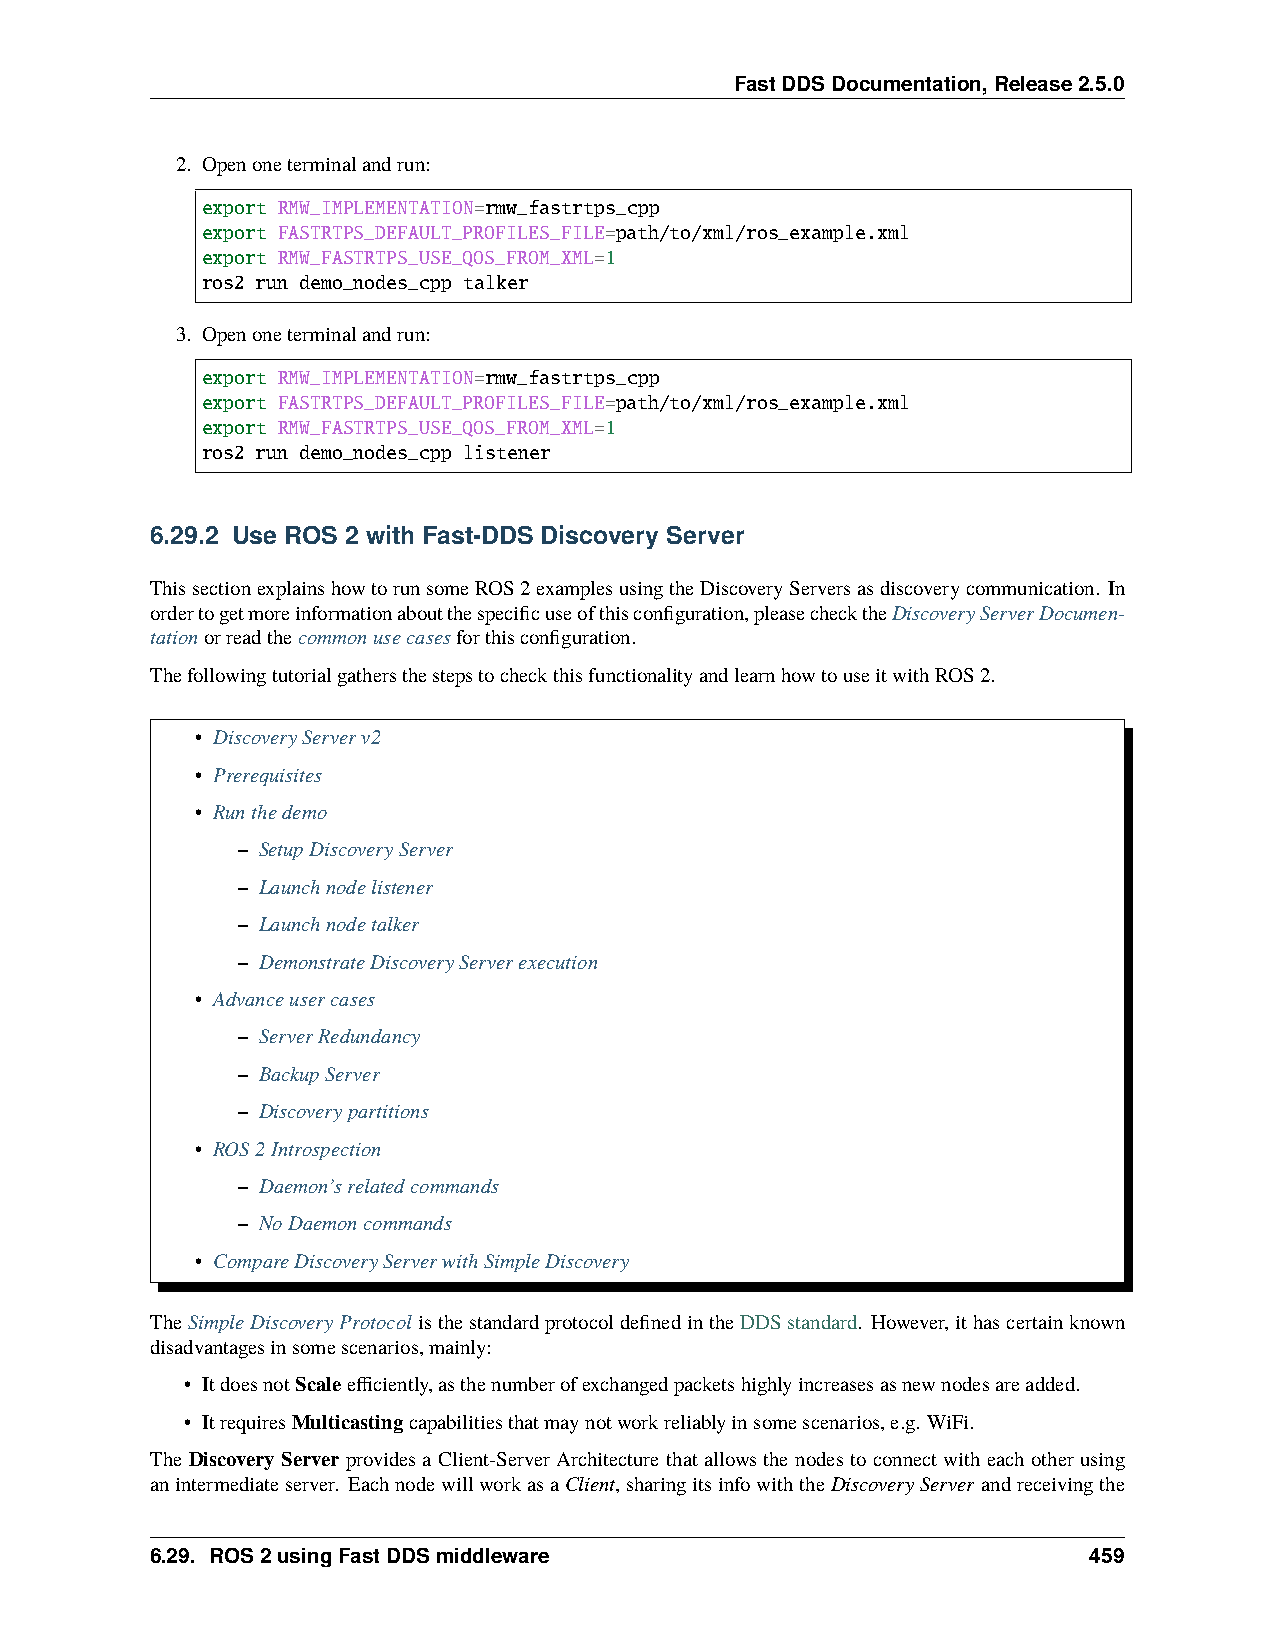
FastDDSDocumentation,Release2.5.0
 2. Openoneterminalandrun:
 export RMW_IMPLEMENTATION=rmw_fastrtps_cpp
 export FASTRTPS_DEFAULT_PROFILES_FILE=path/to/xml/ros_example.xml
 export RMW_FASTRTPS_USE_QOS_FROM_XML=1
 ros2 run demo_nodes_cpp talker
 3. Openoneterminalandrun:
 export RMW_IMPLEMENTATION=rmw_fastrtps_cpp
 export FASTRTPS_DEFAULT_PROFILES_FILE=path/to/xml/ros_example.xml
 export RMW_FASTRTPS_USE_QOS_FROM_XML=1
 ros2 run demo_nodes_cpp listener
 6.29.2 Use ROS 2 with Fast-DDS Discovery Server
 ThissectionexplainshowtorunsomeROS2examplesusingtheDiscoveryServersasdiscoverycommunication. In
 ordertogetmoreinformationaboutthespecificuseofthisconfiguration,pleasechecktheDiscoveryServerDocumen-
 tationorreadthecommonusecasesforthisconfiguration.
 ThefollowingtutorialgathersthestepstocheckthisfunctionalityandlearnhowtouseitwithROS2.
 • DiscoveryServerv2
 • Prerequisites
 • Runthedemo
 – SetupDiscoveryServer
 – Launchnodelistener
 – Launchnodetalker
 – DemonstrateDiscoveryServerexecution
 • Advanceusercases
 – ServerRedundancy
 – BackupServer
 – Discoverypartitions
 • ROS2Introspection
 – Daemon’srelatedcommands
 – NoDaemoncommands
 • CompareDiscoveryServerwithSimpleDiscovery
 TheSimpleDiscoveryProtocol isthestandardprotocoldefinedintheDDSstandard. However,ithascertainknown
 disadvantagesinsomescenarios,mainly:
 • ItdoesnotScaleefficiently,asthenumberofexchangedpacketshighlyincreasesasnewnodesareadded.
 • ItrequiresMulticastingcapabilitiesthatmaynotworkreliablyinsomescenarios,e.g. WiFi.
 The Discovery Server provides a Client-Server Architecture that allows the nodes to connect with each other using
 anintermediateserver. EachnodewillworkasaClient,sharingitsinfowiththeDiscoveryServer andreceivingthe
 6.29. ROS2usingFastDDSmiddleware                              459